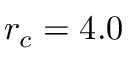
r _ { c } = 4 . 0